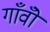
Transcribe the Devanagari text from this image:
गाँवोँ